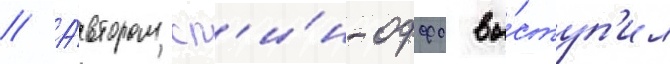
// А́втором сп'и́н-оффа вы́ступ'ил